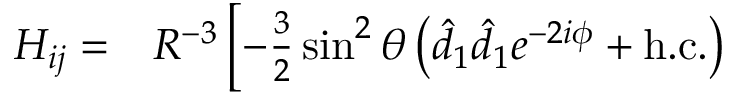
\begin{array} { r l } { H _ { i j } = } & { { } R ^ { - 3 } \left[ - \frac { 3 } { 2 } \sin ^ { 2 } \theta \left( \hat { d } _ { 1 } \hat { d } _ { 1 } e ^ { - 2 i \phi } + \mathrm { { h . c . } } \right) \right. } \end{array}